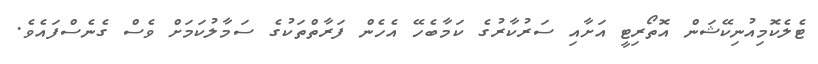
ޓެލެކޮމިއުނިކޭޝަން އޮތޯރިޓީ އަށާއި ސަރުކާރުގެ ކަމާބެހޭ އެހެން ފަރާތްތަކުގެ ސަމާލުކަމަށް ވެސް ގެނެސްފައެވެ.